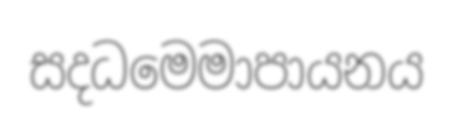
සදධමෙමාපායනය